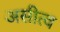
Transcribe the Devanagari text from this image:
असीत्व